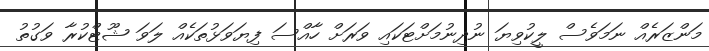
މަންޒަރެއް ނަމަވެސް ލީކުވިޔަ ނުދިނުމަށްޓަކައި ވަރަށް ހާއްސަ ފިޔަވަޅުތަކެއް ލަވަ ޝޫޓްކުރާ ވަގުތު